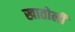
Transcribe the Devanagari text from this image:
खातोली